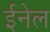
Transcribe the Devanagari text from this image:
ईनेल